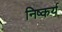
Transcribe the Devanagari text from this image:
निष्कर्य